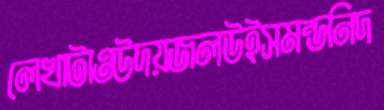
লেখাটাওউদয়জলউইসমন্ডনিদ